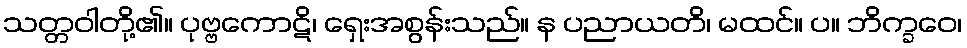
သတ္တဝါတို့၏။ ပုဗ္ဗကောဋိ၊ ရှေးအစွန်းသည်။ န ပညာယတိ၊ မထင်။ ပ။ ဘိက္ခဝေ၊